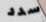
سدد